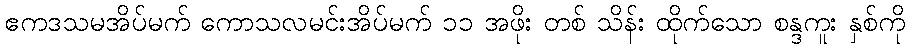
ဧကဒသမအိပ်မက် ကောသလမင်းအိပ်မက် ၁၁ အဖိုး တစ် သိန်း ထိုက်သော စန္ဒကူး နှစ်ကို